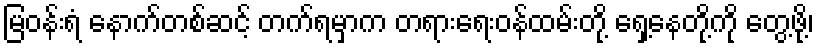
မြဝန်းရံ နောက်တစ်ဆင့် တက်ရမှာက တရားရေးဝန်ထမ်းတို့ ရှေ့နေတို့ကို တွေ့ဖို့၊